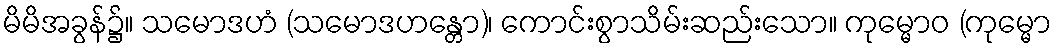
မိမိအခွန်၌။ သမောဒဟံ (သမောဒဟန္တော)၊ ကောင်းစွာသိမ်းဆည်းသော။ ကုမ္မောဝ (ကုမ္မော